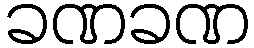
ခဏခဏ